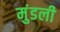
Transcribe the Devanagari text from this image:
मुंडली